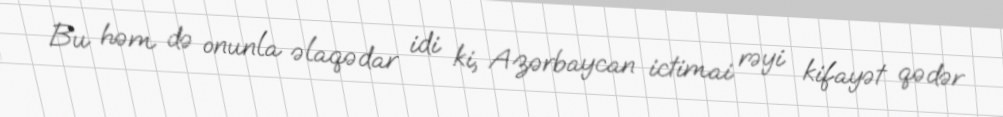
Bu həm də onunla əlaqədar idi ki, Azərbaycan ictimai rəyi kifayət qədər